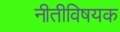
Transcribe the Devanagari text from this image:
नीतीविषयक